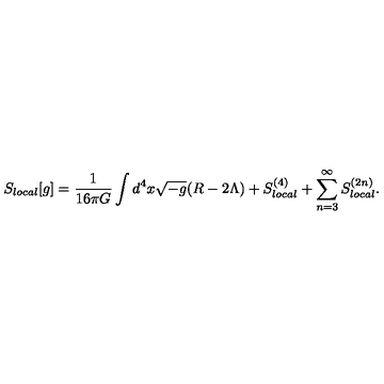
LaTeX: S _ { l o c a l } [ g ] = { \frac { 1 } { 1 6 \pi G } } \int d ^ { 4 } x \sqrt { - g } ( R - 2 \Lambda ) + S _ { l o c a l } ^ { ( 4 ) } + \sum _ { n = 3 } ^ { \infty } S _ { l o c a l } ^ { ( 2 n ) } .